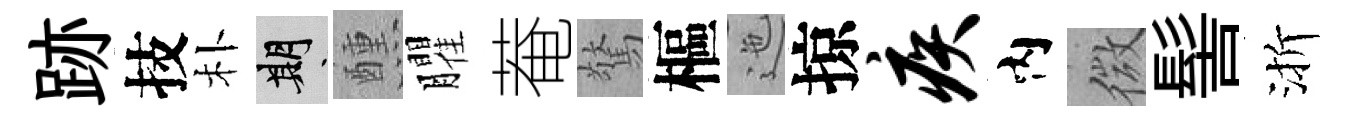
跡技朴期醺臞菴驚樞迤掠疾内微髻渐